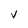
Character: v